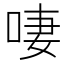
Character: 啛